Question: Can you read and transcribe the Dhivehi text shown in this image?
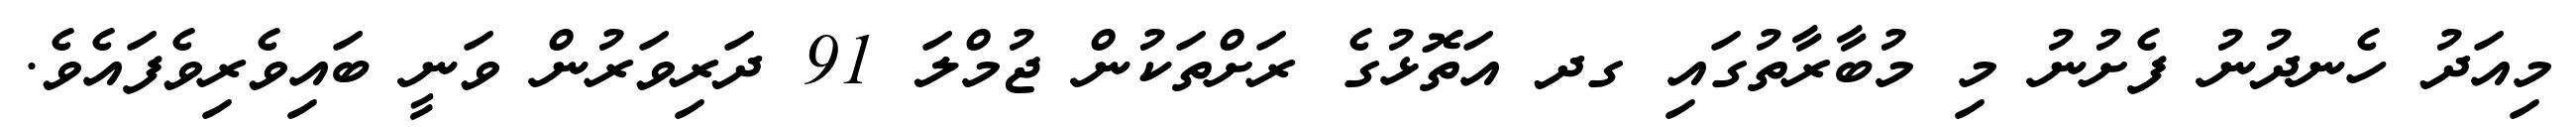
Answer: މިއަދު ހެނދުނު ފެށުނު މި މުބާރާތުގައި ގދ އަތޮޅުގެ ރަށްތަކުން ޖުމްލަ 91 ދަރިވަރުން ވަނީ ބައިވެރިވެފައެވެ.